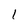
Character: l